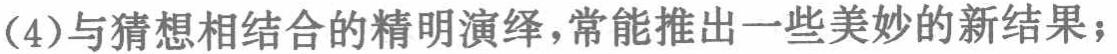
(4)与猜想相结合的精明演绎，常能推出一些美妙的新结果；